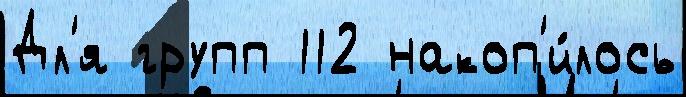
Дл'я групп 112 накоп'и́лось